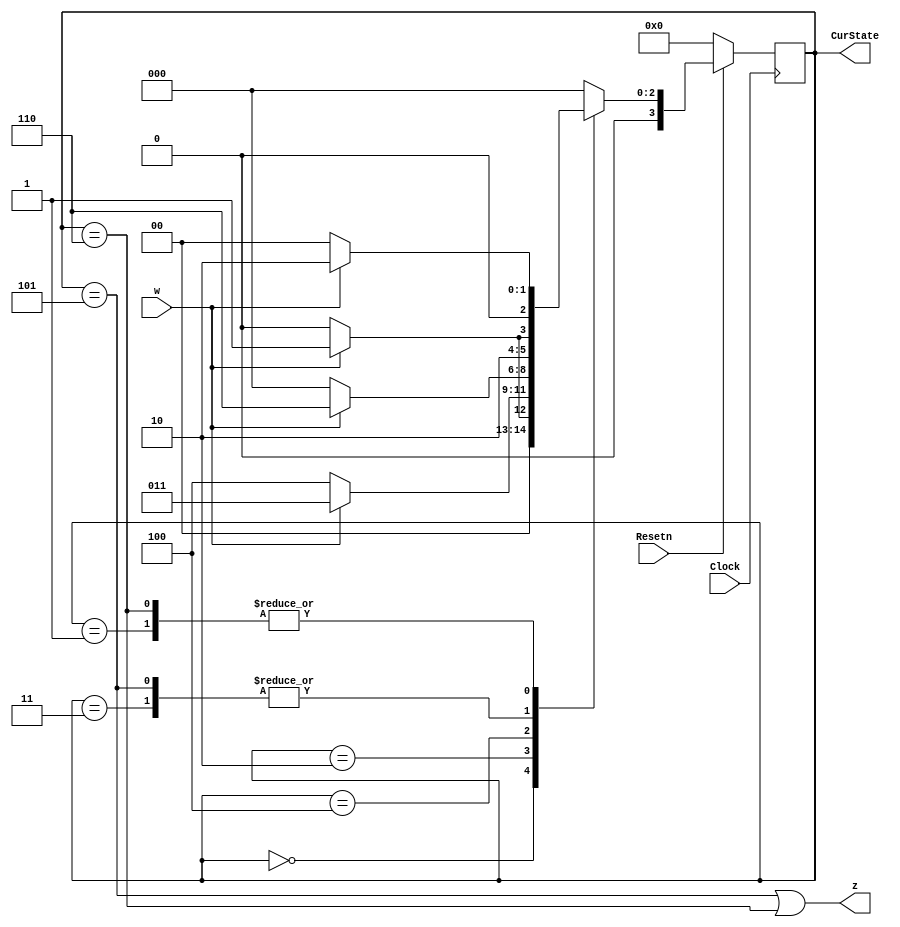

// Lab6 Part1
module part1(Clock, Resetn, w, z, CurState);

   input Clock;
   input Resetn;
   input w;
	
   output z;
   output [3:0] CurState;

    reg [3:0] y_Q, Y_D; // y_Q represents current state, Y_D represents next state
    
    localparam A = 4'b0000, B = 4'b0001, C = 4'b0010, D = 4'b0011, E = 4'b0100, F = 4'b0101, G = 4'b0110;
    
    //State table
    //The state table should only contain the logic for state transitions
    //Do not mix in any output logic. The output logic should be handled separately.
    //This will make it easier to read, modify and debug the code.
    always@(*)
    begin: state_table
        case (y_Q)
            A: begin
						if (!w) Y_D = A;
						else Y_D = B;
               end
            B: begin
                  if(!w) 
							Y_D = A;
                  else 
							Y_D = C;
               end
            C: begin
						if (!w)
							Y_D = E;
						else
							Y_D = D;
					end
            D: begin
						if (!w)
							Y_D = E;
						else 
							Y_D = F;
					end
            E: begin
						if (!w)
							Y_D = A;
						else
							Y_D = G;
					end
            F: begin
						if (!w)
							Y_D = E;
						else
							Y_D = F;
					end
            G: begin
						if (!w)
							Y_D = A;
						else
							Y_D = C;
					end
            default: Y_D = A;
        endcase
    end // state_table
    
    // State Registers
    always @(posedge Clock)
    begin: state_FFs
        if(Resetn == 1'b0)
            y_Q <=  A; // Should set reset state to state A
        else
            y_Q <= Y_D;
    end // state_FFS

    // Output logic
    // Set z to 1 when in relevant states
    assign z = ((y_Q == F) | (y_Q == G));
    assign CurState = y_Q;
	 
endmodule